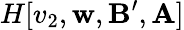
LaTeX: H[v_{2},\mathbf{w},\mathbf{{B}}^{\prime},\mathbf{{A}}]